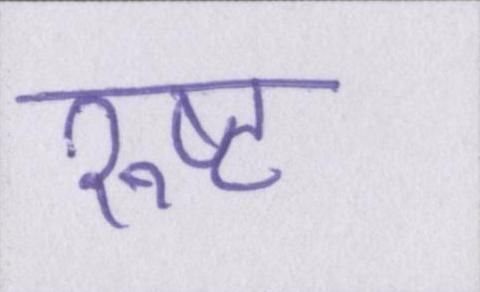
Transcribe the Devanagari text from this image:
रुष्ट